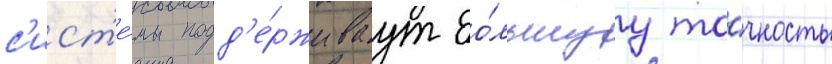
с'ист'е́мы подд'е́рживаут бо́льшуу то́чность